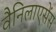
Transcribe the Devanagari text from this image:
वैनिलाएसेंस